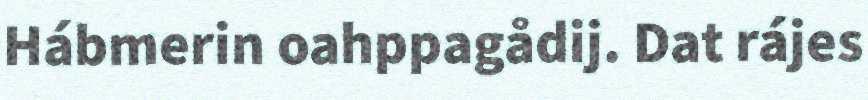
Hábmerin oahppagådij. Dat rájes